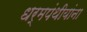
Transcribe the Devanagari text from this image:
धर्मपंथीयांना